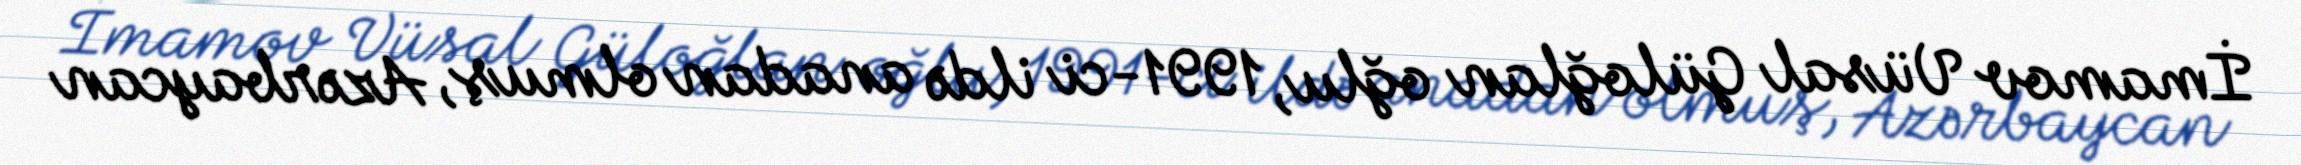
İmamov Vüsal Güloğlan oğlu, 1991-ci ildə anadan olmuş, Azərbaycan